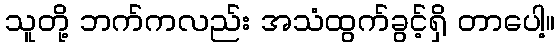
သူတို့ ဘက်ကလည်း အသံထွက်ခွင့်ရှိ တာပေါ့။